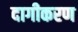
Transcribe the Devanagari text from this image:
दागीकरण